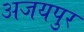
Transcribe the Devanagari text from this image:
अजयपुर